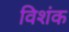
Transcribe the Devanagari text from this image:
विशंक